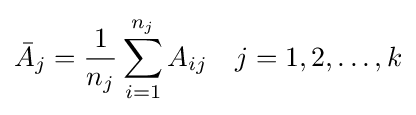
{\bar {A}}_{j}={\frac {1}{n_{j}}}\sum _{i=1}^{n_{j}}A_{ij}\quad j=1,2,\ldots ,k